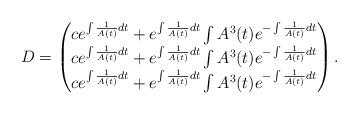
LaTeX: \begin{align*}\begin{array}{ll}D=\begin{pmatrix}c e^{\int \frac{1}{A(t)} dt} + e^{\int \frac{1}{A(t)} dt} \int A^3(t) e^{-\int \frac{1}{A(t)} dt} \\c e^{\int \frac{1}{A(t)} dt} + e^{\int \frac{1}{A(t)} dt} \int A^3(t) e^{-\int \frac{1}{A(t)} dt} \\c e^{\int \frac{1}{A(t)} dt} + e^{\int \frac{1}{A(t)} dt} \int A^3(t) e^{-\int \frac{1}{A(t)} dt}\end{pmatrix}.\end{array}\end{align*}